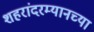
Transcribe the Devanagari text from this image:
शहरांदरम्यानच्या